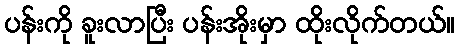
ပန်းကို ခူးလာပြီး ပန်းအိုးမှာ ထိုးလိုက်တယ်။